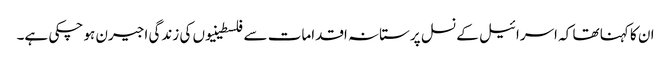
ان کا کہنا تھا کہ اسرائیل کے نسل پرستانہ اقدامات سے فلسطینیوں کی زندگی اجیرن ہو چکی ہے۔